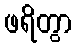
ဖရိတွာ